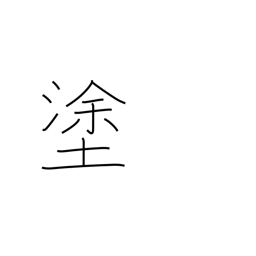
Meaning: smear